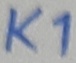
Text: K1